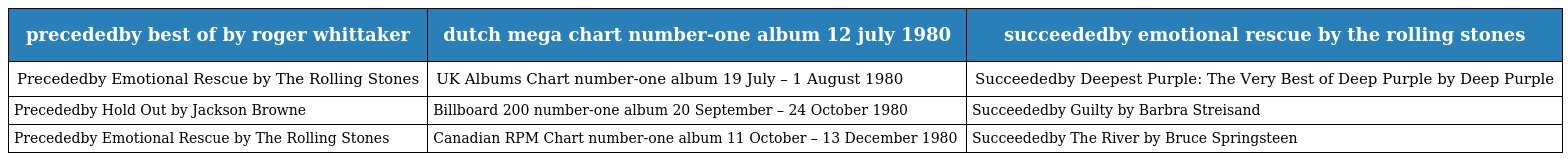
| precededby best of by roger whittaker | dutch mega chart number-one album 12 july 1980 | succeededby emotional rescue by the rolling stones |
 | --- | --- | --- |
 | Precededby Emotional Rescue by The Rolling Stones | UK Albums Chart number-one album 19 July – 1 August 1980 | Succeededby Deepest Purple: The Very Best of Deep Purple by Deep Purple |
 | Precededby Hold Out by Jackson Browne | Billboard 200 number-one album 20 September – 24 October 1980 | Succeededby Guilty by Barbra Streisand |
 | Precededby Emotional Rescue by The Rolling Stones | Canadian RPM Chart number-one album 11 October – 13 December 1980 | Succeededby The River by Bruce Springsteen |